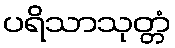
ပရိသာသုတ္တံ